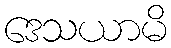
ဒေသယာမိ